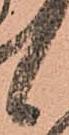
候